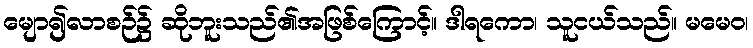
မျော၍လာစဉ်၌ ဆိုဘူးသည်၏အဖြစ်ကြောင့်။ ဒါရကော၊ သူငယ်သည်။ မမေဝ၊